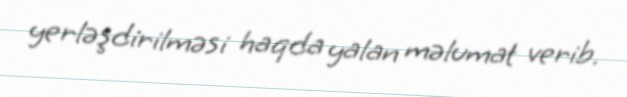
yerləşdirilməsi haqda yalan məlumat verib.